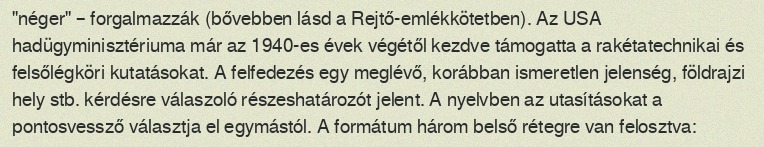
"néger" – forgalmazzák (bővebben lásd a Rejtő-emlékkötetben). Az USA hadügyminisztériuma már az 1940-es évek végétől kezdve támogatta a rakétatechnikai és felsőlégköri kutatásokat. A felfedezés egy meglévő, korábban ismeretlen jelenség, földrajzi hely stb. kérdésre válaszoló részeshatározót jelent. A nyelvben az utasításokat a pontosvessző választja el egymástól. A formátum három belső rétegre van felosztva: